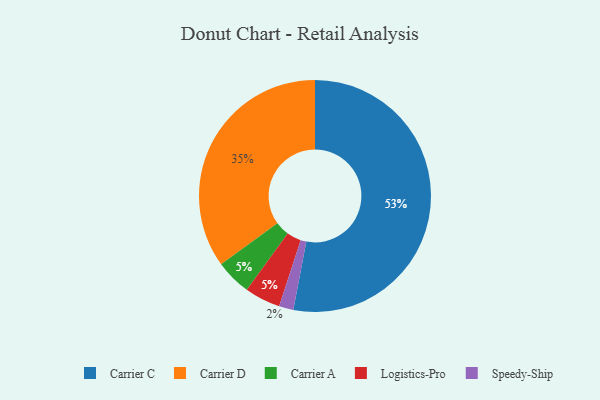
{"axis": {"x": "Category", "y": "Percentage"}, "legend": ["Carrier A", "Carrier C", "Carrier D", "Logistics-Pro", "Speedy-Ship"], "data": [{"x": "Speedy-Ship", "y": 2, "type": "Speedy-Ship"}, {"x": "Carrier A", "y": 5, "type": "Carrier A"}, {"x": "Carrier C", "y": 53, "type": "Carrier C"}, {"x": "Logistics-Pro", "y": 5, "type": "Logistics-Pro"}, {"x": "Carrier D", "y": 35, "type": "Carrier D"}]}